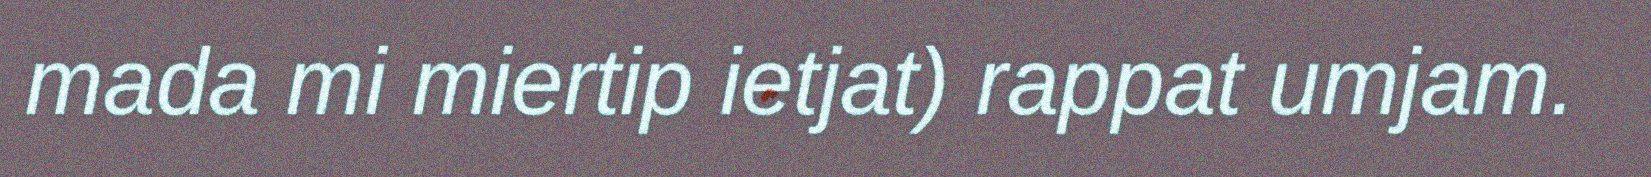
mada mi miertip ietjat) rappat umjam.